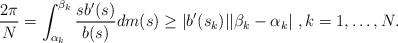
\begin{align*} \frac{2\pi}{N}=\int_{\alpha_k}^{\beta_k}\frac{sb'(s)}{b(s)}dm(s)\geq |b'(s_k)||\beta_k-\alpha_k|\ , k=1, \ldots, N . \end{align*}